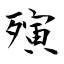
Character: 殥